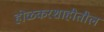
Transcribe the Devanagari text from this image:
होळकरशाहीतील